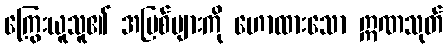
ကြွေးယူသူ၏ အပြစ်များကို ဟောထားသော ဣဏသုတ်